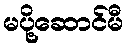
မပို့ဆောင်မီ